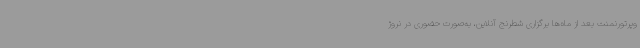
وپرتورنمنت بعد از ماه‌ها برگزاری شطرنج آنلاین، به‌صورت حضوری در نروژ